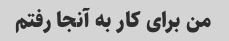
من برای کار به آنجا رفتم